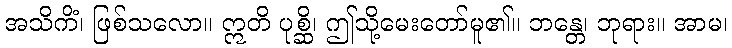
အသိကိံ၊ ဖြစ်သလော။ ဣတိ ပုစ္ဆိ၊ ဤသို့မေးတော်မူ၏။ ဘန္တေ၊ ဘုရား။ အာမ၊